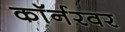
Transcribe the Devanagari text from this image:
काॅर्नरवर